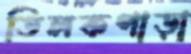
তিলকপাড়া